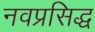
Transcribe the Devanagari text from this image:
नवप्रसिद्ध